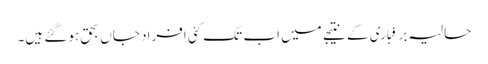
حالیہ برفباری کے نتیجے میں اب تک کئی افراد جاں بحق ہوگئے ہیں۔